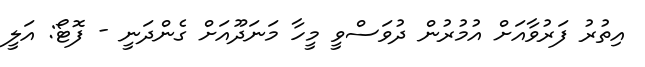
އިތުރު ފަރުވާއަށް އުމުރުން ދުވަސްވީ މީހާ މަނަދޫއަށް ގެންދަނީ - ފޮޓޯ: އަލީ